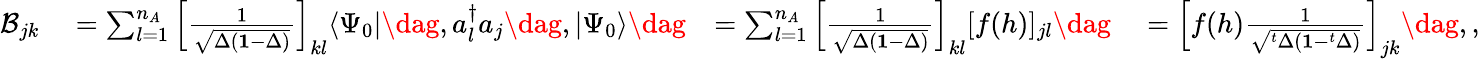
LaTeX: \begin{array}{rlrl}{\mathcal{B}_{jk}}&{{}=\sum_{l=1}^{n_{A}}\left[\frac{1}{\sqrt{\Delta(\mathbf{1}-\Delta)}}\right]_{kl}\langle\Psi_{0}|\dag,a_{l}^{\dagger}a_{j}\dag,|\Psi_{0}\rangle\dag}&{=\sum_{l=1}^{n_{A}}\left[\frac{1}{\sqrt{\Delta(\mathbf{1}-\Delta)}}\right]_{kl}[f(h)]_{jl}\dag}&{{}=\left[f(h)\frac{1}{\sqrt{^t\Delta(\mathbf{1}-^{t}\Delta)}}\right]_{jk}\dag,,}\end{array}